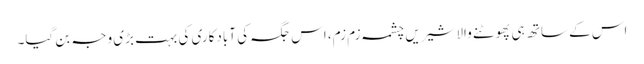
اس کے ساتھ ہی پھوٹنے والا شیریں چشمہ زم زم، اس جگہ کی آبادکاری کی بہت بڑی وجہ بن گیا۔